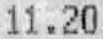
11.20